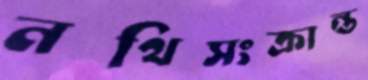
নথিসংক্রান্ত